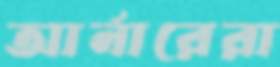
আর্নারেরা